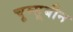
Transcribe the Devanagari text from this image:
चूम्सूबीन